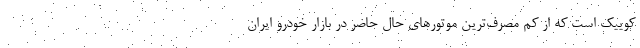
کوییک است که از کم مصرف‌ترین موتورهای حال حاضر در بازار خودرو ایران